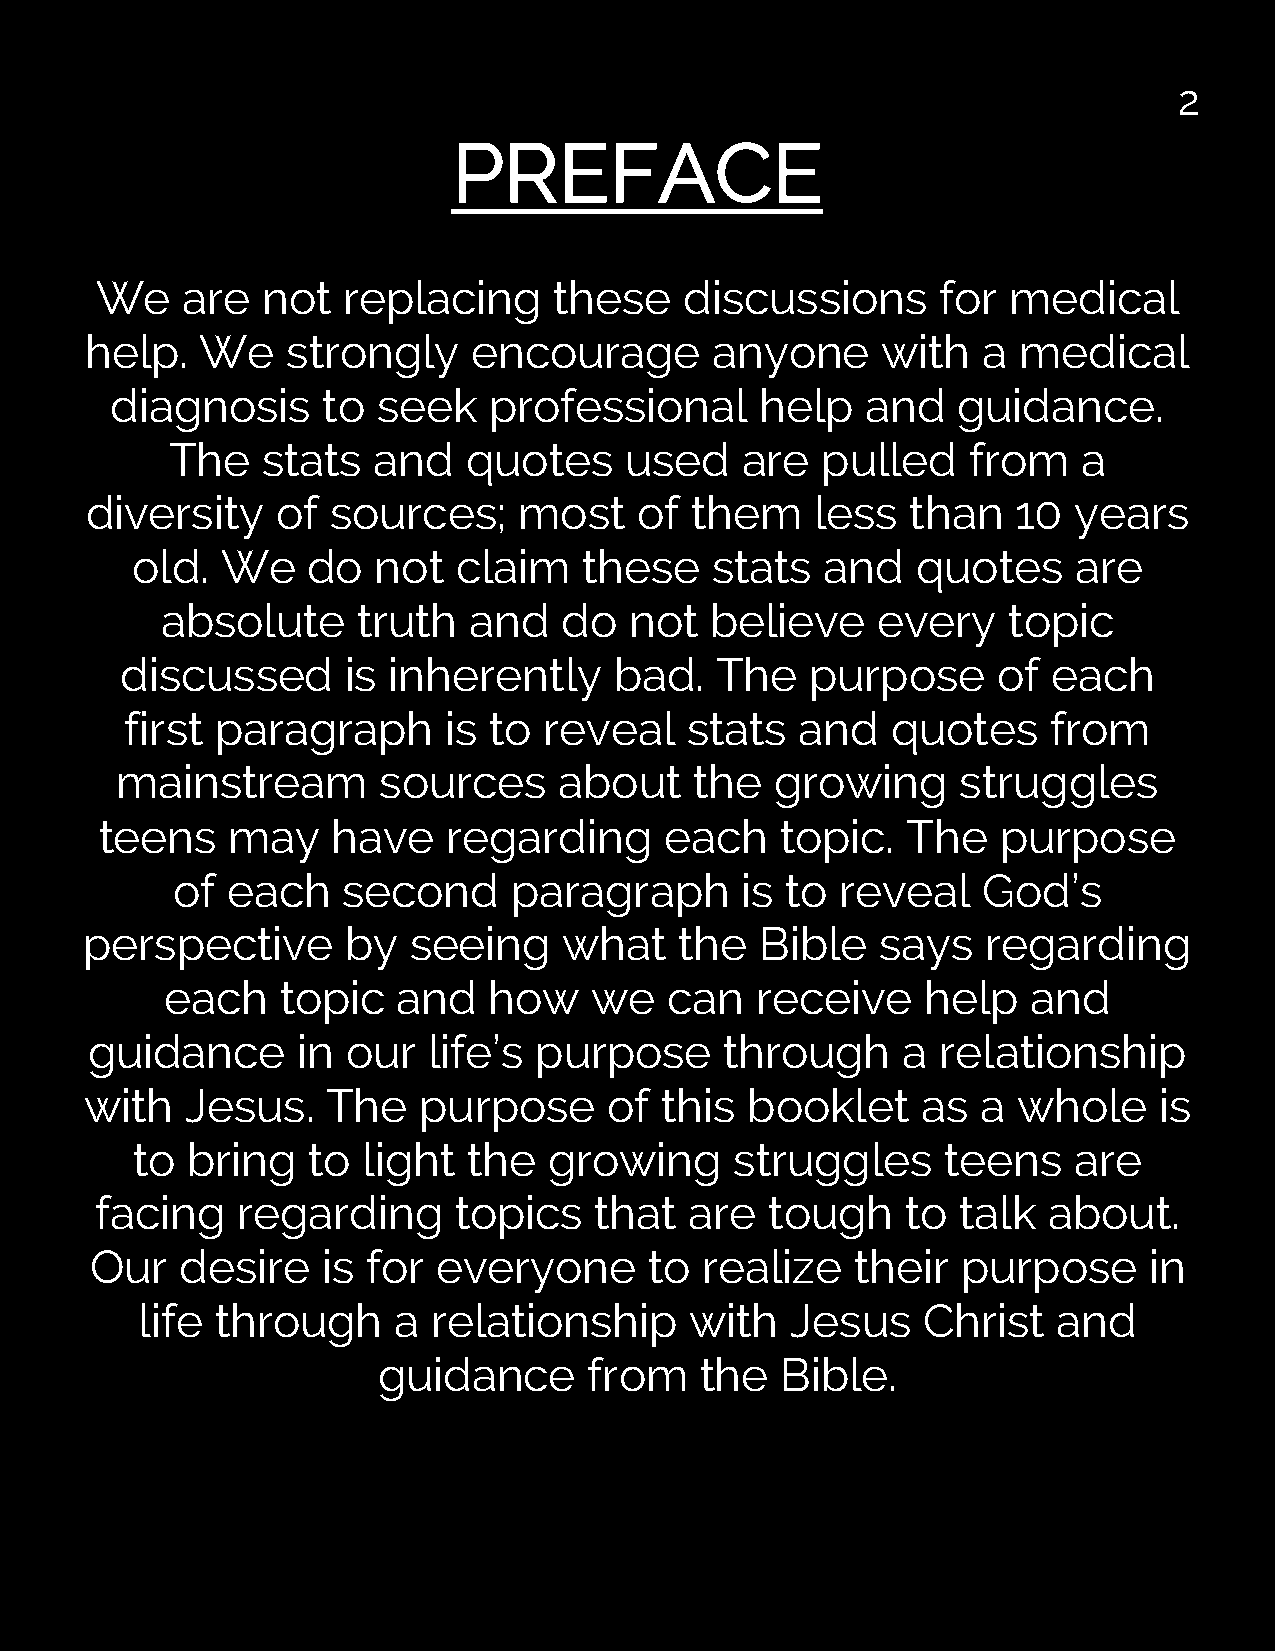
2
 PREFACE
 We    are  not   replacing     these   discussions      for  medical
 help.  We    strongly    encourage       anyone     with   a  medical
 diagnosis     to  seek   professional      help   and   guidance.
 The   stats   and   quotes    used    are  pulled    from    a
 diversity   of  sources;    most    of  them    less  than   10  years
 old.  We   do   not  claim    these   stats   and   quotes    are
 absolute     truth  and   do   not  believe    every    topic
 discussed      is inherently     bad.  The    purpose     of  each
 first paragraph      is to  reveal   stats   and   quotes    from
 mainstream       sources     about    the  growing      struggles
 teens   may    have    regarding     each    topic.  The   purpose
 of  each    second     paragraph      is to  reveal   God’s
 perspective      by  seeing    what    the  Bible   says   regarding
 each    topic  and   how    we   can   receive    help   and
 guidance      in our  life’s purpose      through     a relationship
 with  Jesus.    The   purpose     of  this booklet     as  a whole     is
 to bring   to  light  the  growing      struggles     teens   are
 facing    regarding     topics   that   are  tough    to  talk about.
 Our   desire   is for  everyone      to realize    their  purpose     in
 life through     a  relationship     with  Jesus    Christ   and
 guidance      from   the   Bible.